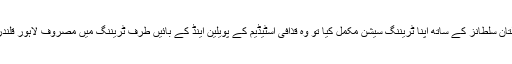
عمران طاہر نے منگل کی رات جب ملتان سلطانز کے ساتھ اپنا ٹریننگ سیشن مکمل کیا تو وہ قذافی اسٹیڈیم کے پویلین اینڈ کے بائیں طرف ٹریننگ میں مصروف لاہور قلندرز کے کھلاڑیوں کے پاس جا پہنچے۔